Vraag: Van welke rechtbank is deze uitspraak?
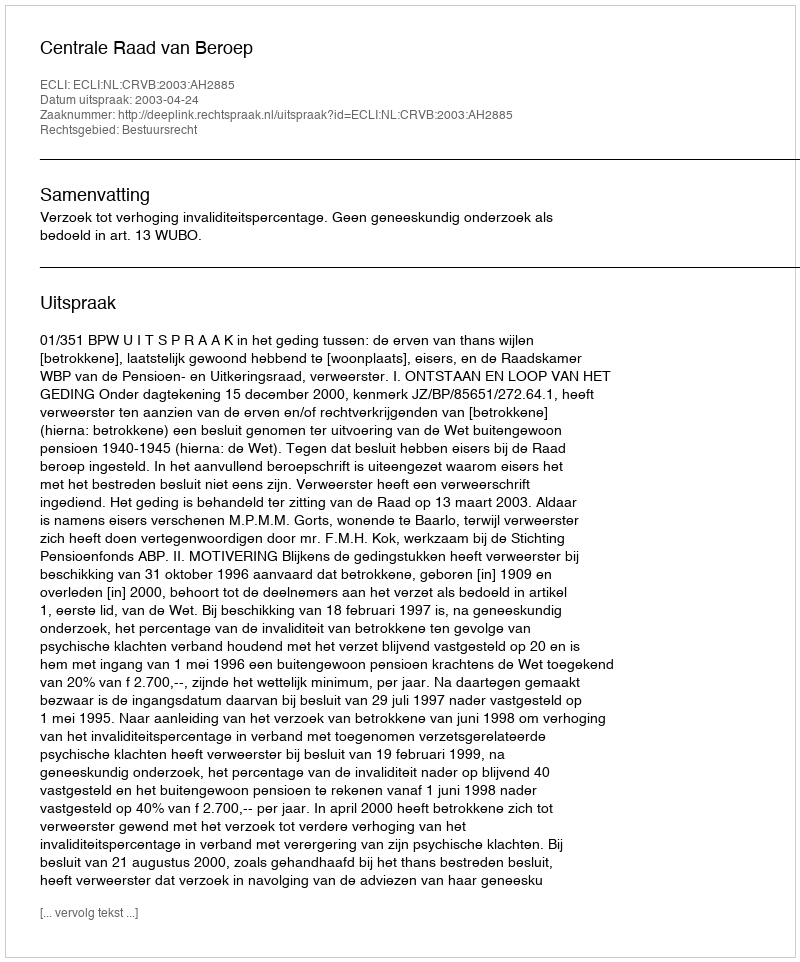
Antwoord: Centrale Raad van Beroep